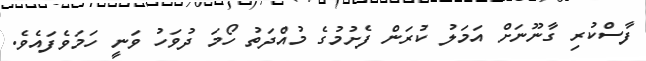
ފާސްކުރި ގާނޫނަށް އަމަލު ކުރަން ފެށުމުގެ މުއްދަތު ހޯމަ ދުވަހު ވަނީ ހަމަވެފައެވެ.